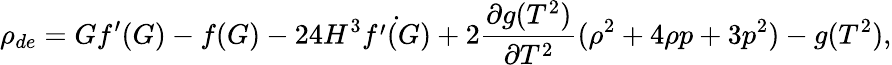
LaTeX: \rho_{de}=Gf^{\prime}(G)-f(G)-24H^{3}\dot{f^{\prime}(G)}+2\frac{\partial g(T^{2})}{\partial T^{2}}(\rho^{2}+4\rho p+3p^{2})-g(T^{2}),